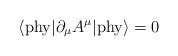
LaTeX: \begin{align*}\langle{\rm phy}|\partial_{\mu} A^{\mu}|{\rm phy}\rangle =0\end{align*}